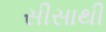
સીસાથી